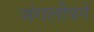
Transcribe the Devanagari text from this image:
जंगलीपने